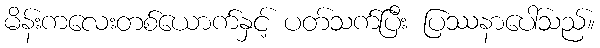
မိန်းကလေးတစ်ယောက်နှင့် ပတ်သက်ပြီး ပြဿနာပေါ်သည်။